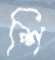
শি